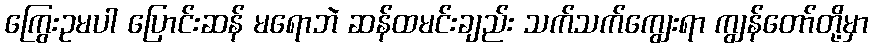
ကြွေးဥမပါ ပြောင်းဆန် မရောဘဲ ဆန်ထမင်းချည်း သက်သက်ကျွေးရာ ကျွန်တော်တို့မှာ